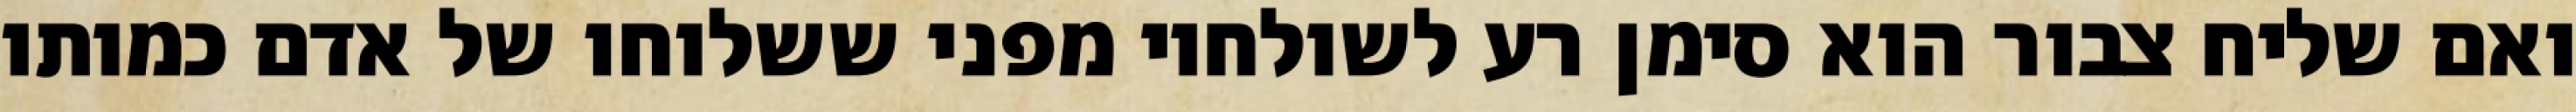
ואם שליח צבור הוא סימן רע לשולחיו מפני ששלוחו של אדם כמותו